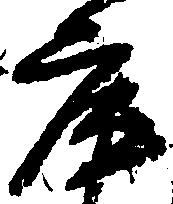
庫